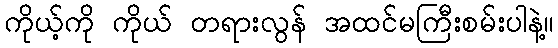
ကိုယ့်ကို ကိုယ် တရားလွန် အထင်မကြီးစမ်းပါနဲ့။